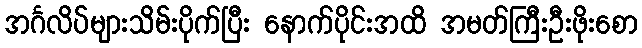
အင်္ဂလိပ်များသိမ်းပိုက်ပြီး နောက်ပိုင်းအထိ အမတ်ကြီးဦးဖိုးစော